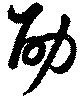
劭